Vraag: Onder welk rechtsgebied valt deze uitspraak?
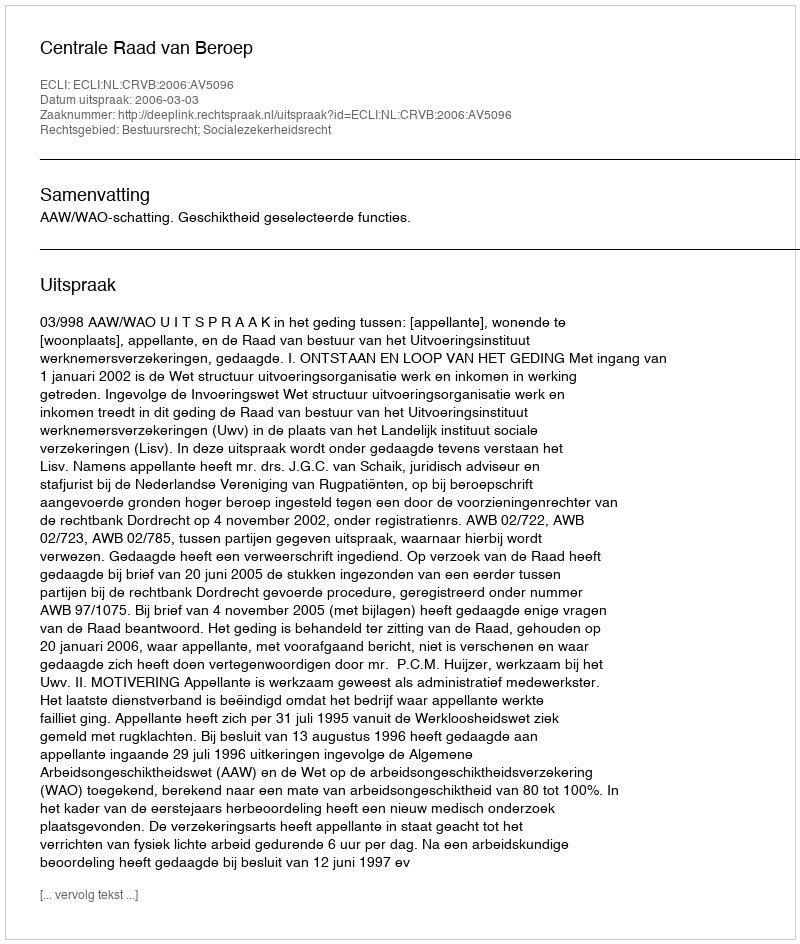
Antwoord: Bestuursrecht; Socialezekerheidsrecht